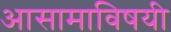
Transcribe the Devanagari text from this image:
आसामाविषयी